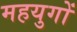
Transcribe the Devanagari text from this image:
महयुगों